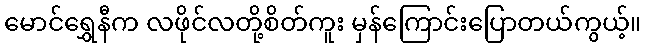
မောင်ရွှေနီက လဖိုင်လတို့စိတ်ကူး မှန်ကြောင်းပြောတယ်ကွယ့်။